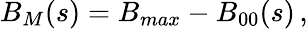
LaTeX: B_{M}(s)=B_{max}-B_{00}(s)\, ,